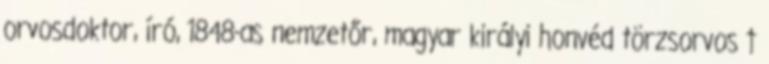
orvosdoktor, író, 1848-as nemzetőr, magyar királyi honvéd törzsorvos †